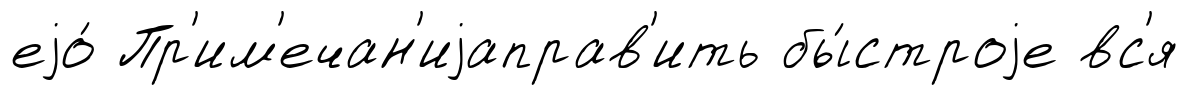
еjо́ Пр'им'ечан'иjаправ'ить бы́строjе вс'я